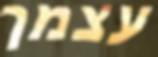
עצמך